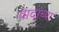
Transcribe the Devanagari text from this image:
वादांच्या